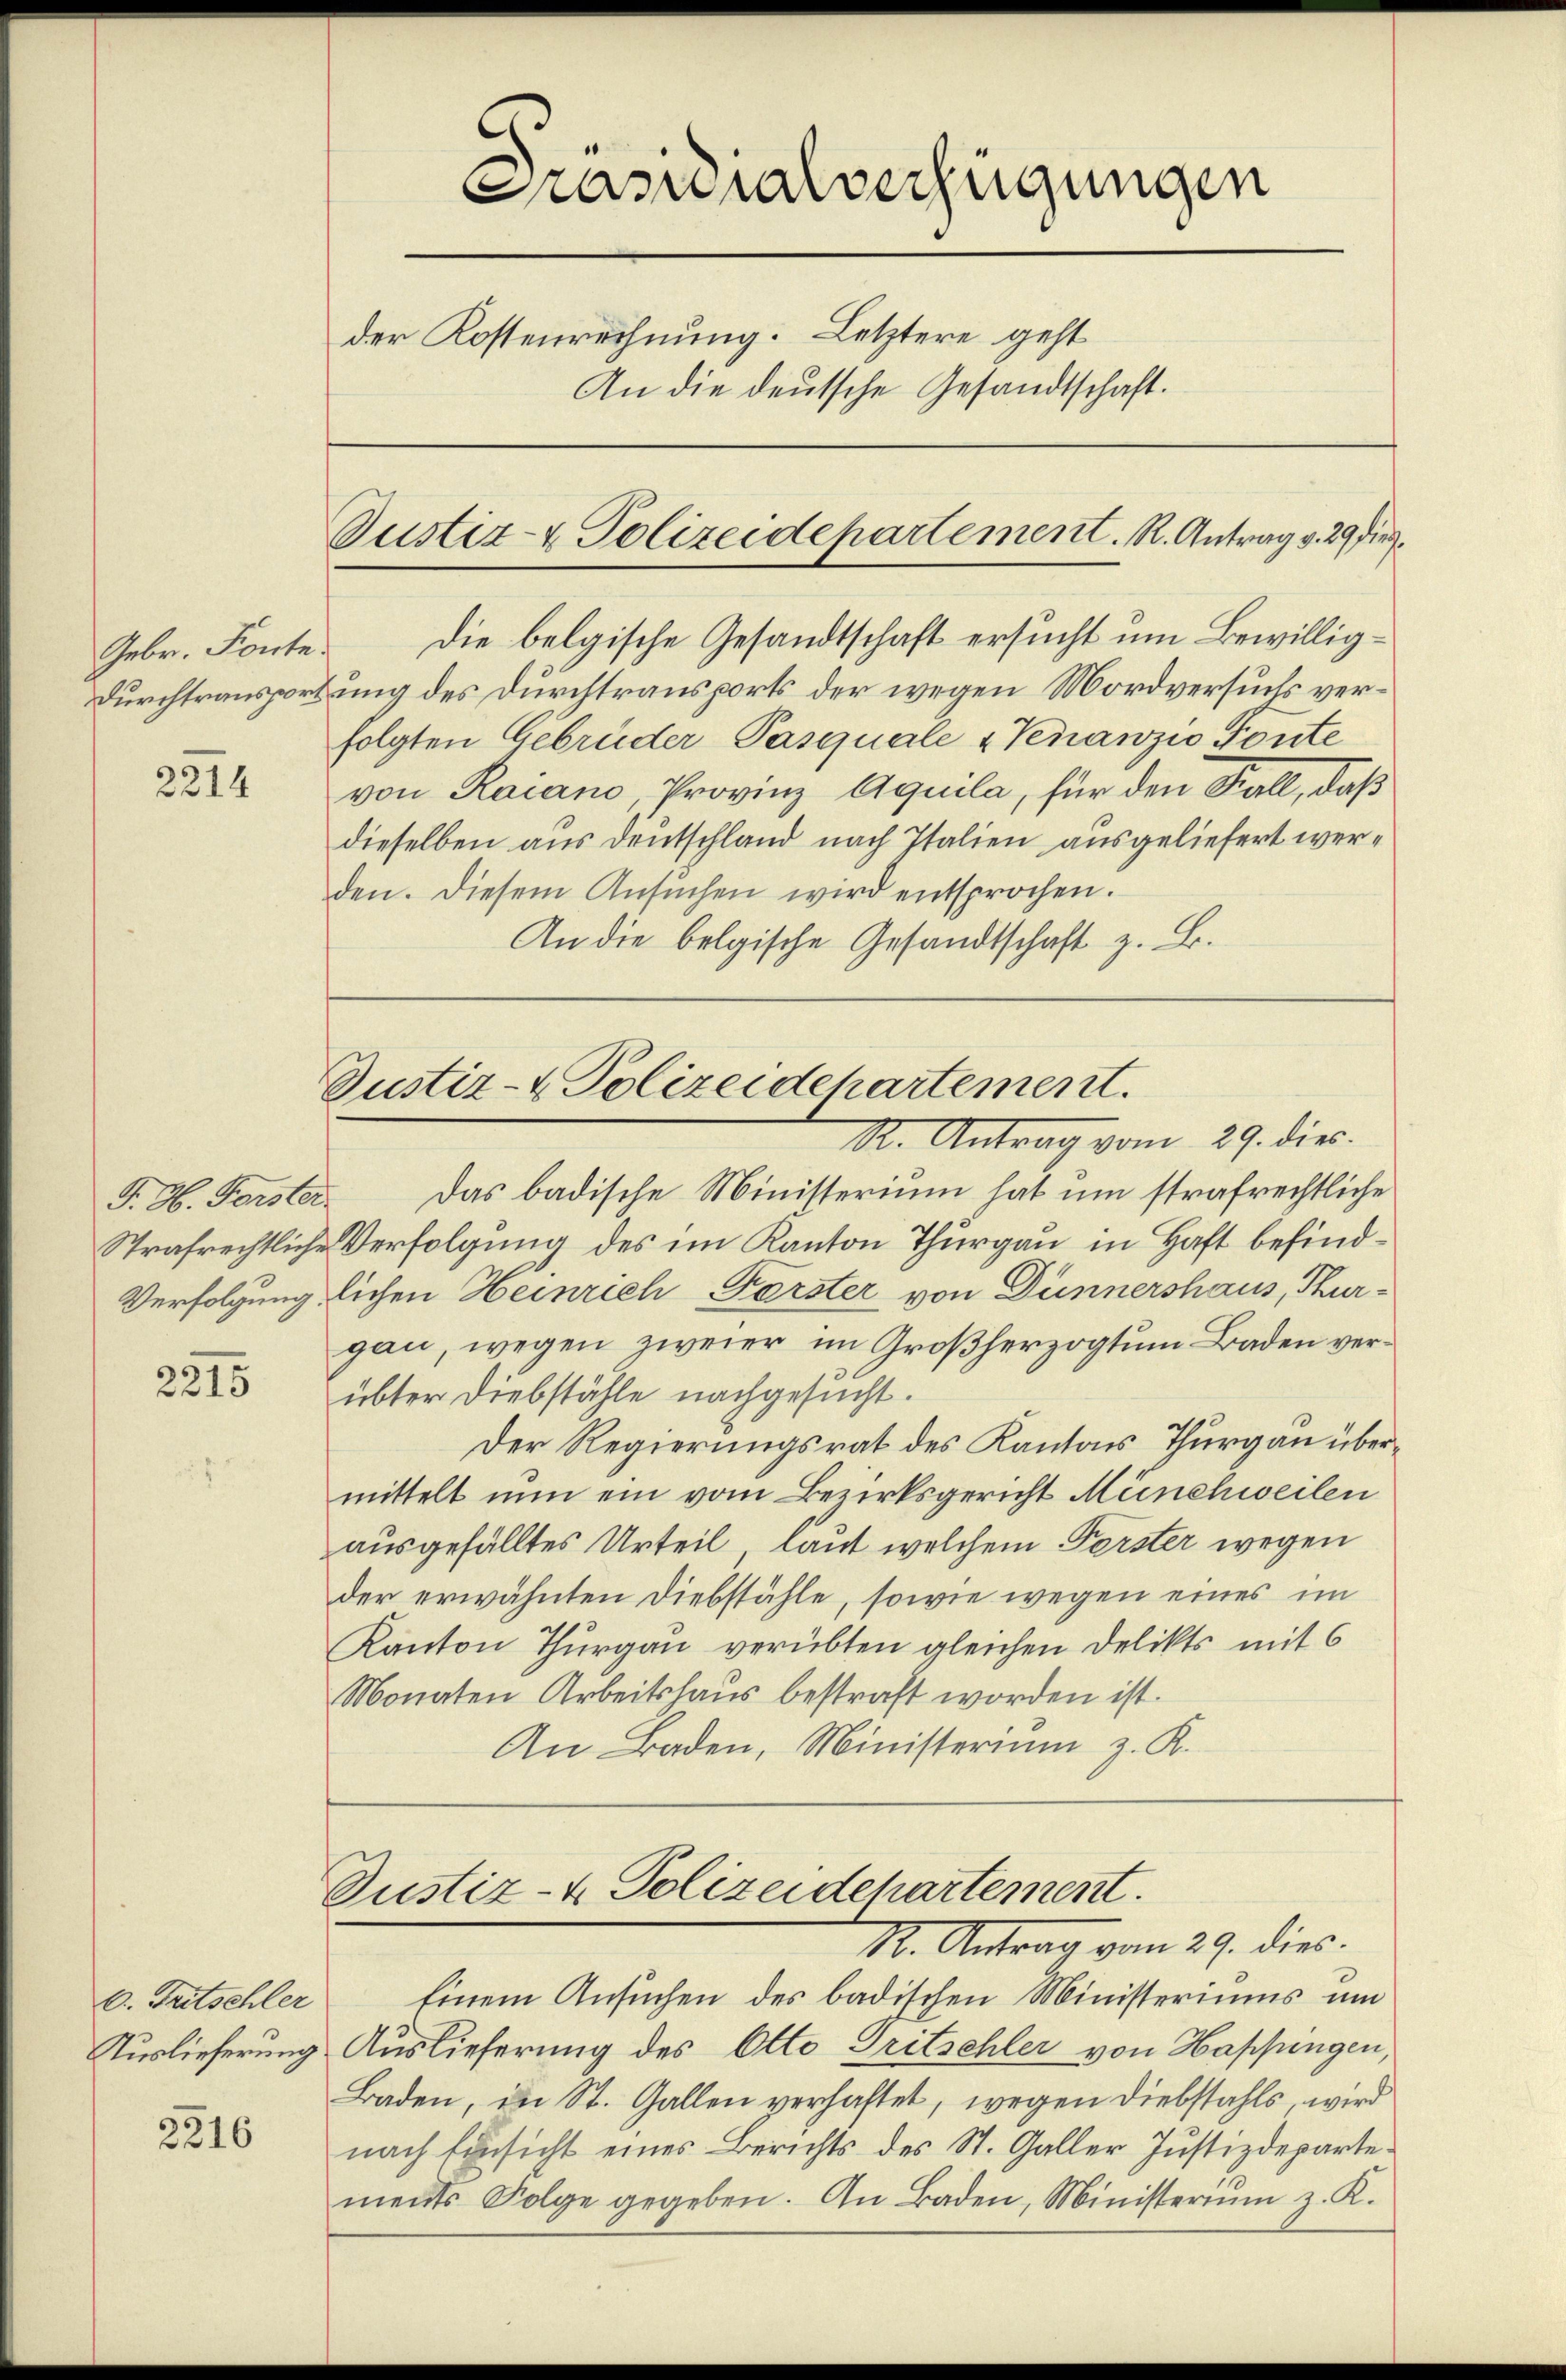
Gebr. Fonte.
Durchtranspor¬

2214

J. H. Forster.
Verfolgung.

2215

C. Fritschler

2216

Prasialverfügungen
der Kostenrechnung. Letztere geht
An die deutsche Gesandtschaft.

Die belgische Gesandtschaft ersucht um Bewilligtung des Durchtransports der wegen Mordversuchs verfolgten Gebrüder Pasquale & Vinanzio Toute
von Raiano, Provinz Aquila, für den Kall, daß
dieselben aus Deutschland nach Italien ausgeliefert werden. Diesem Ansŭchen wird entsprochen.
An die belgische Gesandtschaft z. B.

Justiz- & Polizeidepartement. R. Antrag v. 29 die

Justiz- & Polizeidehartement.
R. Antrag vom 29. dies

Das badische Ministerium hat um strafrechtliche
Strafrechtliche Verfolgung des im Kanton Thurgau in Haft befindlichen Heinrich Forster von Dünnershaus, Thurgau, wegen zweier im Großherzogtum Baden verübter Diebstähle nachgesucht.
Der Regierungsrat des Kantons Thurgau übermittelt nun ein vom Bezirksgericht Münchweilen
ausgefälltes Urteil, laut welchem Forster wegen
der erwähnten Diebstähle, sowie wegen eines im
Kanton Thurgau verübten gleichen Delikts mit 6
Monaten Arbeitshaus bestraft worden ist.
An Baden, Ministerium z. K.

Justiz- & Polizeidchartement.
M. Antrag vom 29. dies.

Einem Ansuchen des badischen Ministeriums un
Tuslieferung Auslieferung des Otto Tritschler von Hapfungen,
Baden, in St. Gallen verhaftet, wegen Diebstahls, wird
nach Einsicht eines Berichts des St. Galler Justizdepartements Folge gegeben. An Baden, Ministeriŭm z. K.